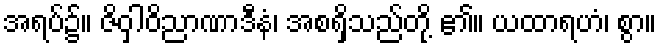
အရပ်၌။ ဇိဝှါဝိညာဏာဒီနံ၊ အစရှိသည်တို့ ၏။ ယထာရဟံ၊ စွာ။